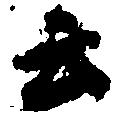
云